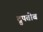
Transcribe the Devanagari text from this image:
द्रुपतोब